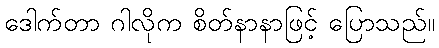
ဒေါက်တာ ဂါလိုက စိတ်နာနာဖြင့် ပြောသည်။